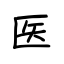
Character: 医